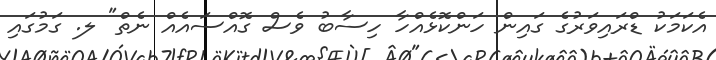
އެކަމަކު ޑްރައިވަރުގެ ގައިން ހަންކޮޅެއްހާ ހިސާބު ވެސް ގޮއްސައެއް ނެތް" ލ. ގަމުގައި